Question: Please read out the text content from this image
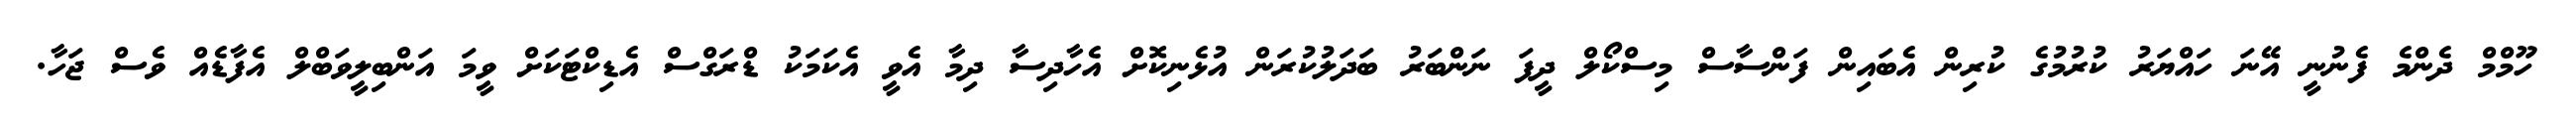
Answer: ހޫމްމް ދެންމެ ފެނުނީ އޭނަ ހައްޔަރު ކުރުމުގެ ކުރިން އެބައިން ފަންސާސް މިސްކޯލް ދީފަ ނަންބަރު ބަދަލުކުރަން އުޅެނިކޮށް އެހާދިސާ ދިމާ އެވީ އެކަމަކު ޑްރަގްސް އެޑިކްޓަކަށް ވީމަ އަންބިލީވަބްލް އެފާޑެއް ވެސް ޖަހާ.